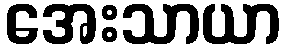
အေးသာယာ